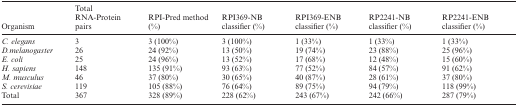
<table><thead><tr><td><b>Organism</b></td><td><b>Total RNA-Protein pairs</b></td><td><b>RPI-Pred method (%)</b></td><td><b>RPI369-NB classifier (%)</b></td><td><b>RPI369-ENB classifier (%)</b></td><td><b>RP2241-NB classifier (%)</b></td><td><b>RP2241-ENB classifier (%)</b></td></tr></thead><tbody><tr><td><i>C. elegans</i></td><td>3</td><td>3 (100%)</td><td>3 (100%)</td><td>1 (33%)</td><td>1 (33%)</td><td>1 (33%)</td></tr><tr><td><i>D.melanogaster</i></td><td>26</td><td>24 (92%)</td><td>13 (50%)</td><td>19 (74%)</td><td>23 (88%)</td><td>25 (96%)</td></tr><tr><td><i>E. coli</i></td><td>25</td><td>24 (96%)</td><td>13 (52%)</td><td>17 (68%)</td><td>12 (48%)</td><td>15 (60%)</td></tr><tr><td><i>H. sapiens</i></td><td>148</td><td>135 (91%)</td><td>93 (63%)</td><td>77 (52%)</td><td>84 (57%)</td><td>91 (62%)</td></tr><tr><td><i>M. musculus</i></td><td>46</td><td>37 (80%)</td><td>30 (65%)</td><td>40 (87%)</td><td>28 (61%)</td><td>37 (80%)</td></tr><tr><td><i>S. cerevisiae</i></td><td>119</td><td>105 (88%)</td><td>76 (64%)</td><td>89 (75%)</td><td>94 (79%)</td><td>118 (99%)</td></tr><tr><td>Total</td><td>367</td><td>328 (89%)</td><td>228 (62%)</td><td>243 (67%)</td><td>242 (66%)</td><td>287 (79%)</td></tr></tbody></table>